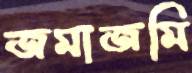
জমাজমি